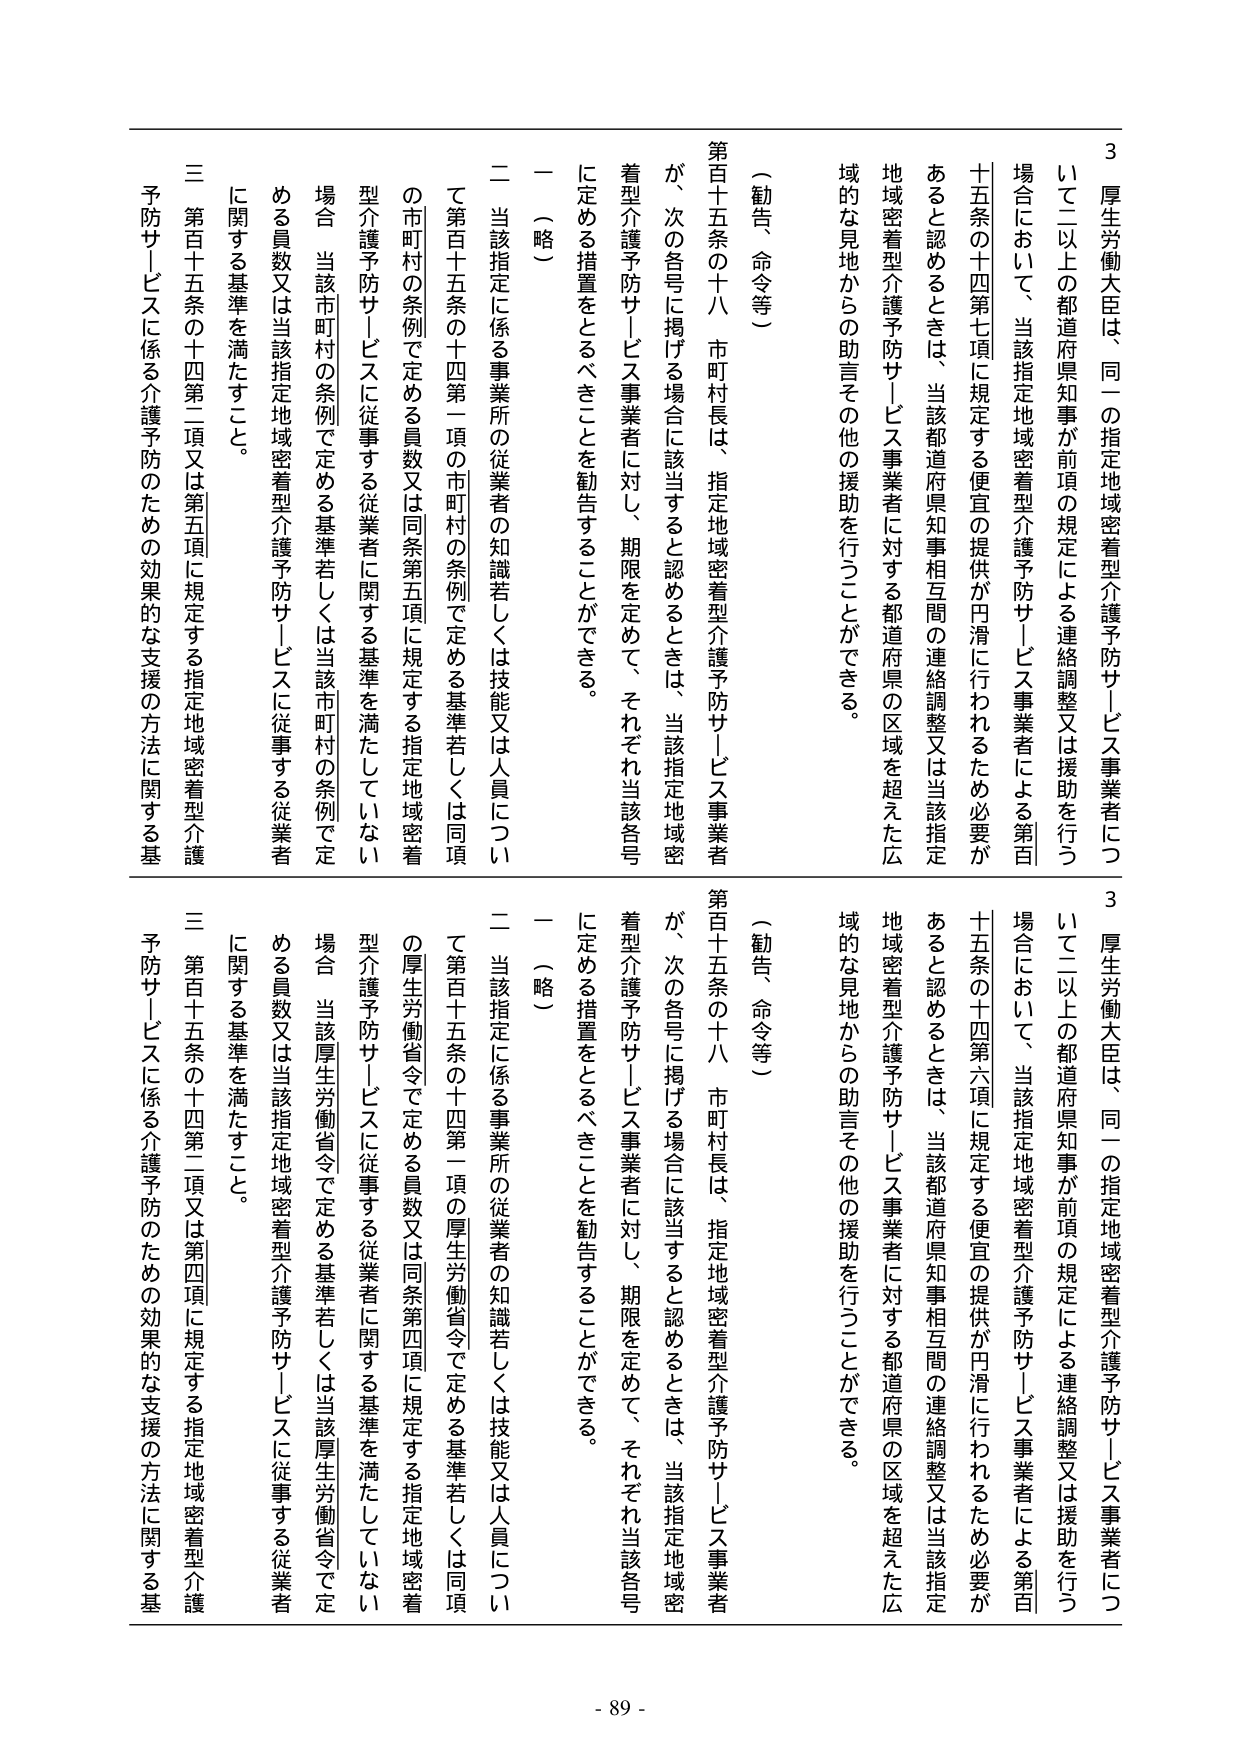
3 厚生労働大臣は、同一の指定地域密着型介護予防サービス事業者について二以上の都道府県知事が前項の規定による連絡調整又は援助を行う場合において、当該指定地域密着型介護予防サービス事業者による第百十五条の十四第七項に規定する便宜の提供が円滑に行われるため必要があると認めるときは、当該都道府県知事相互間の連絡調整又は当該指定地域密着型介護予防サービス事業者に対する都道府県の区域を超えた広域的な見地からの助言その他の援助を行うことができる。

（勧告、命令等）

第百十五条の十八 市町村長は、指定地域密着型介護予防サービス事業者が、次の各号に掲げる場合に該当すると認めるときは、当該指定地域密着型介護予防サービス事業者に対し、期限を定めて、それぞれ当該各号に定める措置をとるべきことを勧告することができる。

一 （略）

二 当該指定に係る事業所の従業者の知識若しくは技能又は人員について第百十五条の十四第一項の市町村の条例で定める基準若しくは同項の市町村の条例で定める員数又は同条第五項に規定する指定地域密着型介護予防サービスに従事する従業者に関する基準を満たしていない場合 当該市町村の条例で定める基準若しくは当該市町村の条例で定める員数又は当該指定地域密着型介護予防サービスに従事する従業者に関する基準を満たすこと。

三 第百十五条の十四第二項又は第五項に規定する指定地域密着型介護予防サービスに係る介護予防のための効果的な支援の方法に関する基

3 厚生労働大臣は、同一の指定地域密着型介護予防サービス事業者について二以上の都道府県知事が前項の規定による連絡調整又は援助を行う場合において、当該指定地域密着型介護予防サービス事業者による第百十五条の十四第六項に規定する便宜の提供が円滑に行われるため必要があると認めるときは、当該都道府県知事相互間の連絡調整又は当該指定地域密着型介護予防サービス事業者に対する都道府県の区域を超えた広域的な見地からの助言その他の援助を行うことができる。

（勧告、命令等）

第百十五条の十八 市町村長は、指定地域密着型介護予防サービス事業者が、次の各号に掲げる場合に該当すると認めるときは、当該指定地域密着型介護予防サービス事業者に対し、期限を定めて、それぞれ当該各号に定める措置をとるべきことを勧告することができる。

一 （略）

二 当該指定に係る事業所の従業者の知識若しくは技能又は人員について第百十五条の十四第一項の厚生労働省令で定める基準若しくは同項の厚生労働省令で定める員数又は同条第四項に規定する指定地域密着型介護予防サービスに従事する従業者に関する基準を満たしていない場合 当該厚生労働省令で定める基準若しくは当該厚生労働省令で定める員数又は当該指定地域密着型介護予防サービスに従事する従業者に関する基準を満たすこと。

三 第百十五条の十四第二項又は第四項に規定する指定地域密着型介護予防サービスに係る介護予防のための効果的な支援の方法に関する基

- 89 -